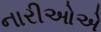
નારીઓએ